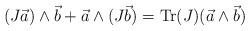
LaTeX: \begin{align*}(J \vec{a}) \wedge \vec{b} + \vec{a} \wedge (J \vec{b}) = \mbox{Tr} (J) (\vec{a} \wedge \vec{b})\end{align*}